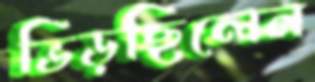
ভিড়ছিলেন